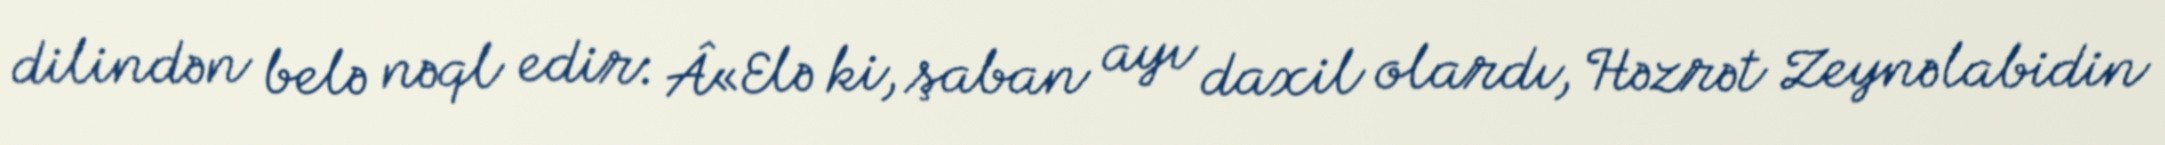
dilindən belə nəql edir: Â«Elə ki, şaban ayı daxil olardı, Həzrət Zeynəlabidin